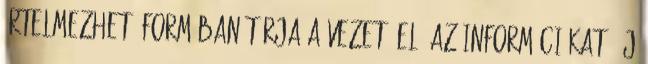
értelmezhető formában tárja a vezető elé az információkat. Új